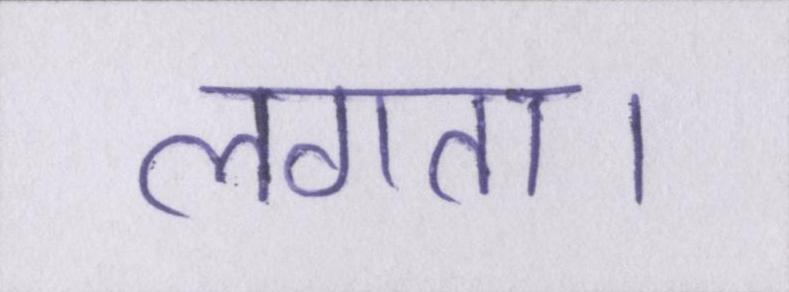
लगता।